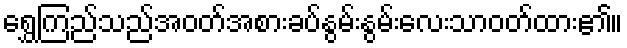
ရွှေကြည်သည်အဝတ်အစားခပ်နွမ်းနွမ်းလေးသာဝတ်ထား၏။